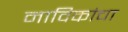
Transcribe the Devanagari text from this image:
नाविकांचा